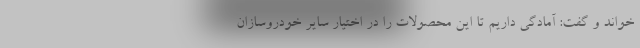
خواند و گفت: آمادگی داریم تا این محصولات را در اختیار سایر خودروسازان